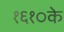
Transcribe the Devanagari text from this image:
१६१०के